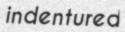
indentured